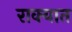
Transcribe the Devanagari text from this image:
राक्यात